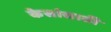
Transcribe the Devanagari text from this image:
केसांसाठी